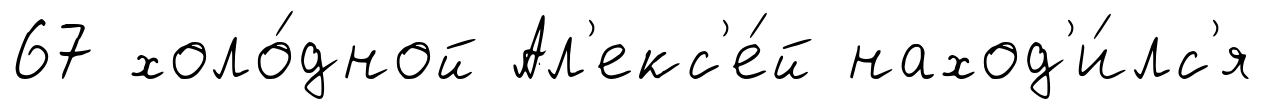
67 холо́дной Ал'екс'е́й наход'и́лс'я